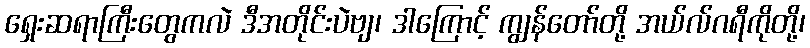
ရှေးဆရာကြီးတွေကလဲ ဒီအတိုင်းပဲဗျ၊ ဒါကြောင့် ကျွန်တော်တို့ အယ်လ်ဂရီကိုတို့၊